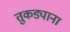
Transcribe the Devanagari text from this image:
तुकड्याना